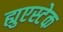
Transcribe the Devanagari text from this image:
ह्युएस्टेक